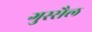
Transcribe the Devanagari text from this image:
गुस्‍सैल